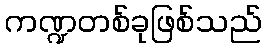
ကဏ္ဍတစ်ခုဖြစ်သည်